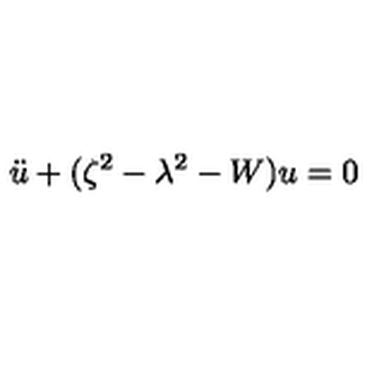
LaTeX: \ddot { u } + ( \zeta ^ { 2 } - \lambda ^ { 2 } - W ) u = 0